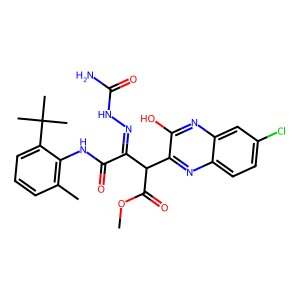
SMILES: COC(=O)C(C(=NNC(N)=O)C(=O)Nc1c(C)cccc1C(C)(C)C)c1nc2ccc(Cl)cc2nc1O
Inhibits HIV replication: No